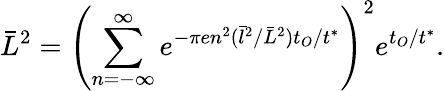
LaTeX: \bar{L}^{2}=\left(\sum_{n=-\infty}^{\infty}e^{-\pi en^{2}(\bar{l}^{2}/\bar{L}^{2})t_{O}/t^{*}}\right)^{2}e^{t_{O}/t^{*}}.